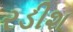
રડીશ